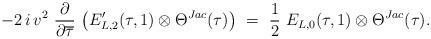
LaTeX: \begin{align*} - 2 \, i \, v^2 \ \frac{\partial}{\partial \overline{\tau}} \, \left( E'_{L,2}(\tau, 1) \otimes \Theta^{Jac}(\tau) \right) \ = \ \frac12 \ E_{L,0}(\tau, 1) \otimes \Theta^{Jac}(\tau).\end{align*}